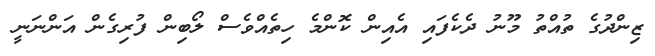
ޒިންދުގެ ތުއްތު މޫނު ދެކެފައި އެއިން ކޮންމެ ހިތެއްވެސް ލޯބިން ފުރިގެން އަންނަނީ